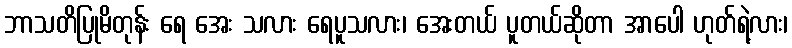
ဘာသတိပြုမိတုန်း ရေ အေး သလား ရေပူသလား၊ အေးတယ် ပူတယ်ဆိုတာ အာပေါ ဟုတ်ရဲ့လား၊